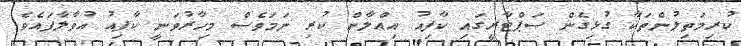
ކުރިމަތިލުންތަކާ ގުޅިގެން ސަޕްޓާރީގައި ކާފިއު އިޢްލާން ކުރި ނަމަވެސް މިހާރުވަނީ ކާފިއު އުވާލާފައެވެ.